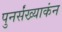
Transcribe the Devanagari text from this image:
पुनर्संख्याकंन